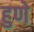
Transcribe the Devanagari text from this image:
हुणे